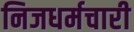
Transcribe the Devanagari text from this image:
निजधर्मचारी